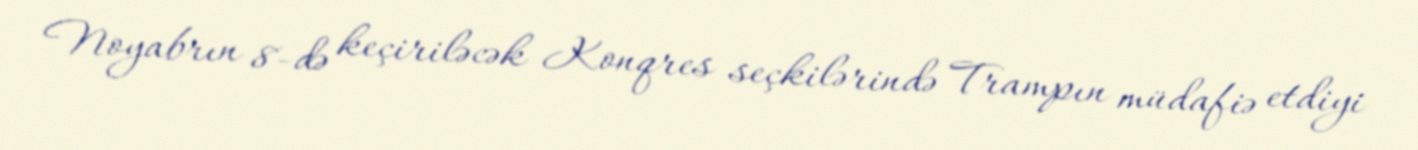
Noyabrın 8-də keçiriləcək Konqres seçkilərində Trampın müdafiə etdiyi